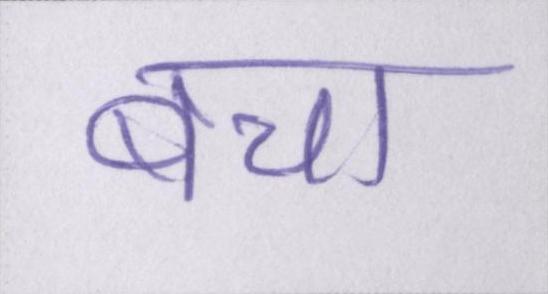
बचा